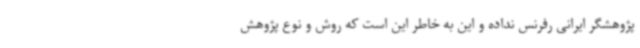
پژوهشگر ایرانی رفرنس نداده و این به خاطر این است که روش و نوع پژوهش